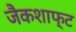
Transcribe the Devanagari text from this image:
जैकशाफ्ट